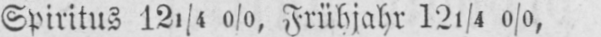
Spiritus 121/4%, Frühjahr 121/4%,